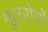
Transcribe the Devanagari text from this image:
मूलरोमों